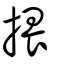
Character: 揋